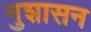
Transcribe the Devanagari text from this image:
नुशासन